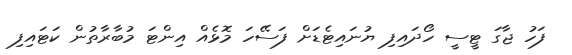
ފަހު ޖާގަ ޓީސީ ހޯދައިފި ޔުނައިޓެޑަށް ފަސޭހަ މޮޅެއް އިންޓަ މުބާރާތުން ކަޓައިފި